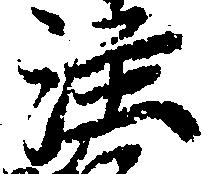
注